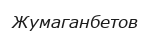
Жумаганбетов